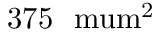
3 7 5 ~ \mathrm { \ m u m ^ { 2 } }